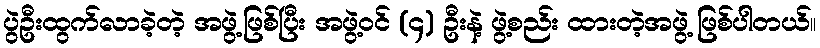
ပွဲဦးထွက်လာခဲ့တဲ့ အဖွဲ့ဖြစ်ပြီး အဖွဲ့ဝင် (၄) ဦးနဲ့ ဖွဲ့စည်း ထားတဲ့အဖွဲ့ ဖြစ်ပါတယ်။